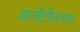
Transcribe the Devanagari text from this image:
आर्जेंटीनाच्या